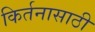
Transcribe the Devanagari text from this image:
किर्तनासाठी